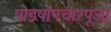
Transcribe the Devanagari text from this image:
षोडषोपचारपूजा